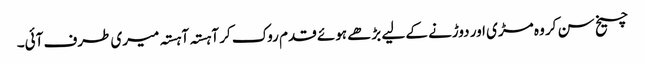
چیخ سن کر وہ مڑی اور دوڑنے کے لیے بڑھے ہوئے قدم روک کر آہستہ آہستہ میری طرف آئی۔